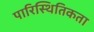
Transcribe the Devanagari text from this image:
पारिस्थितिकता